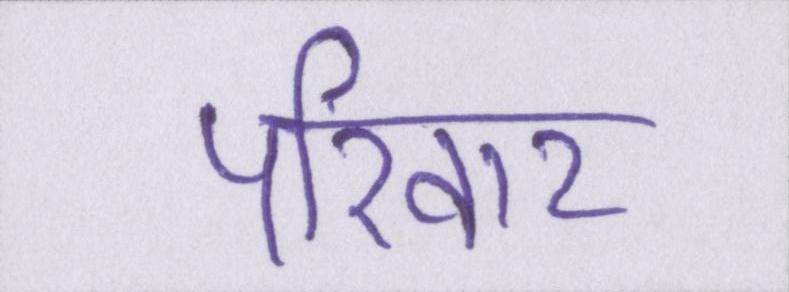
परिवार